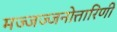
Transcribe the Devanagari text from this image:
मज्जज्जनोत्तारिणी